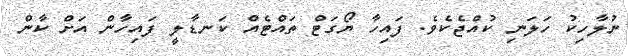
ނުލާހިކު ހަލަނި ކުއްޖެކެވެ. ފައިހާ ޔޯގަޓް ތައްޓެއް ކަނޑާލީ ފައިހާން އަށް ކާން